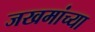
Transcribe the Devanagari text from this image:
जखमांच्या